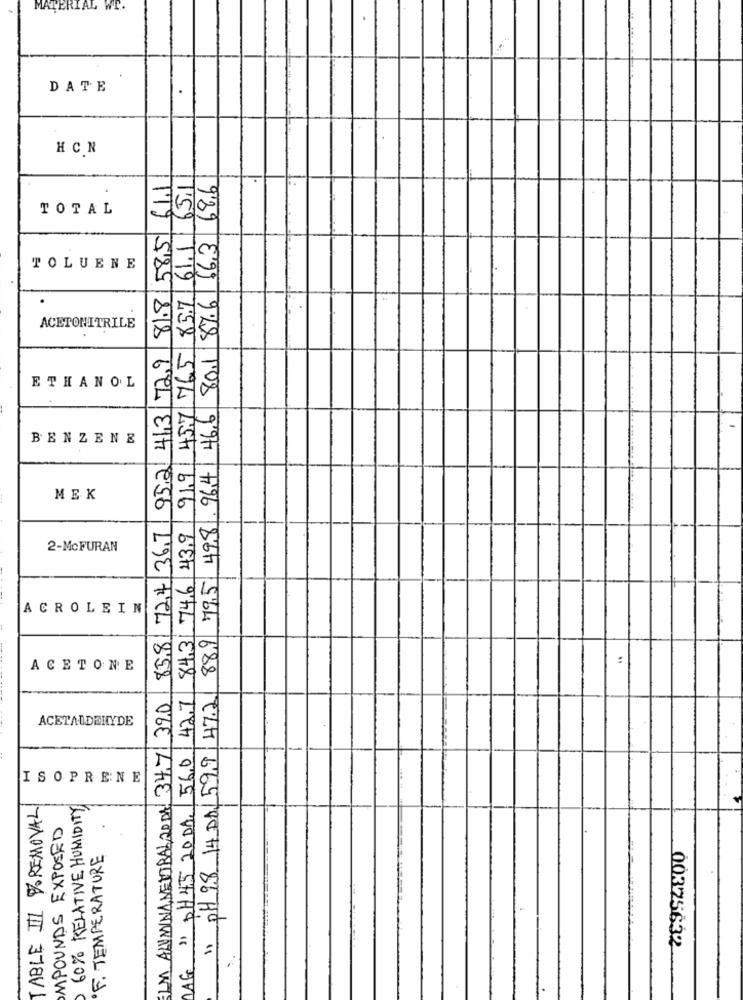
MATERIAL WT.
.
DATE
HCN
43,9 91,9 457 765 857 61.1 65.11
81.8 585 611
68,6
TOTAL
80.1 87.6 66.3
TOLUENE
ACETONITRILE
85,81 72,4 36,7 95,2 41,3 729
ETHANOL
88.9 795 49.8. 964 46.6
BENZENE
MEK
2-Mc FURAN
84.31 746
20
H
ACROLEIN
:
ACETONE
MAG " pH45 20DA. 56.0 42.7
" pH 98 14 DA/599 47.2
IM ALUMINA,METTBAL,20DA 34,71 390
ACETALDEHYDE
ISOPRENE
TABLE III REMOVAL
60% RELATIVE HUMIDITY
MPOUNDS EXPOSED
F. TEMPERATURE
00325632